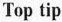
Top tip